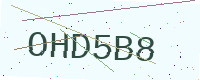
Text: OHD5B8